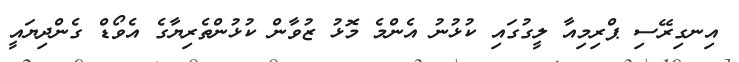
އިނގިރޭސި ޕްރިމިއާ ލީގުގައި ކުޅުނު އެންމެ މޮޅު ޒުވާން ކުޅުންތެރިޔާގެ އެވޯޑް ގެންދިޔައީ